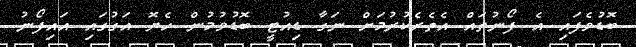
ބޮޑުވެފައި އެ ފޯނުތައް އެތެރެކުރުމަށް ނަގާ ޑިއުޓީ ބޮޑުވުމުން ހެޔޮ އަގުގައި އައިފޯނު